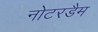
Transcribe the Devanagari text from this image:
नोटरडैम